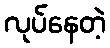
လုပ်နေတဲ့